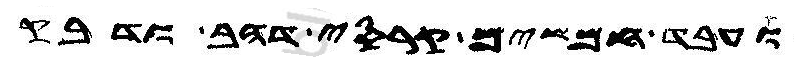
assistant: ועבד חמשים קרכסי דהב ודבק